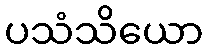
ပသံသိယော